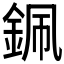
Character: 𨦨